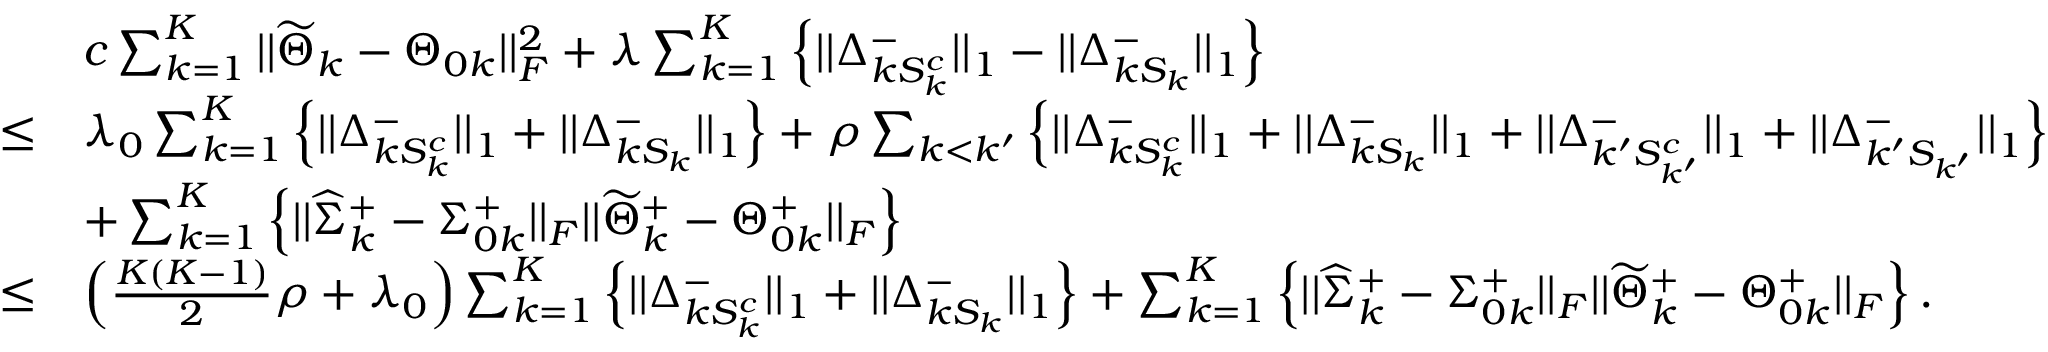
\begin{array} { r l } & { c \sum _ { k = 1 } ^ { K } | | \widetilde { \Theta } _ { k } - \Theta _ { 0 k } | | _ { F } ^ { 2 } + \lambda \sum _ { k = 1 } ^ { K } \Big \{ | | \Delta _ { k S _ { k } ^ { c } } ^ { - } | | _ { 1 } - | | \Delta _ { k S _ { k } } ^ { - } | | _ { 1 } \Big \} } \\ { \leq } & { \lambda _ { 0 } \sum _ { k = 1 } ^ { K } \Big \{ | | \Delta _ { k S _ { k } ^ { c } } ^ { - } | | _ { 1 } + | | \Delta _ { k S _ { k } } ^ { - } | | _ { 1 } \Big \} + \rho \sum _ { k < k ^ { \prime } } \Big \{ | | \Delta _ { k S _ { k } ^ { c } } ^ { - } | | _ { 1 } + | | \Delta _ { k S _ { k } } ^ { - } | | _ { 1 } + | | \Delta _ { k ^ { \prime } S _ { k ^ { \prime } } ^ { c } } ^ { - } | | _ { 1 } + | | \Delta _ { k ^ { \prime } S _ { k ^ { \prime } } } ^ { - } | | _ { 1 } \Big \} } \\ & { + \sum _ { k = 1 } ^ { K } \left\{ | | \widehat { \Sigma } _ { k } ^ { + } - \Sigma _ { 0 k } ^ { + } | | _ { F } | | \widetilde { \Theta } _ { k } ^ { + } - \Theta _ { 0 k } ^ { + } | | _ { F } \right\} } \\ { \leq } & { \left( \frac { K ( K - 1 ) } { 2 } \rho + \lambda _ { 0 } \right) \sum _ { k = 1 } ^ { K } \Big \{ | | \Delta _ { k S _ { k } ^ { c } } ^ { - } | | _ { 1 } + | | \Delta _ { k S _ { k } } ^ { - } | | _ { 1 } \Big \} + \sum _ { k = 1 } ^ { K } \left\{ | | \widehat { \Sigma } _ { k } ^ { + } - \Sigma _ { 0 k } ^ { + } | | _ { F } | | \widetilde { \Theta } _ { k } ^ { + } - \Theta _ { 0 k } ^ { + } | | _ { F } \right\} . } \end{array}